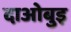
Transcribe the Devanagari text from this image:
दाओबुइ